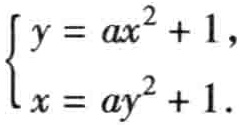
$\begin{cases}y = ax^{2}+1,\\x = ay^{2}+1.\end{cases}$